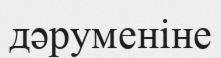
дәруменіне